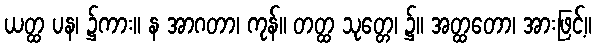
ယတ္ထ ပန၊ ၌ကား။ န အာဂတာ၊ ကုန်။ တတ္ထ သုတ္တေ၊ ၌။ အတ္ထတော၊ အားဖြင့်။